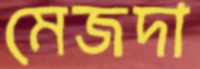
মেজদা